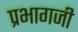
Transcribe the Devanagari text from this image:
प्रभागजी